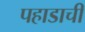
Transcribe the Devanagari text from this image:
पहाडाची